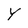
Character: Y